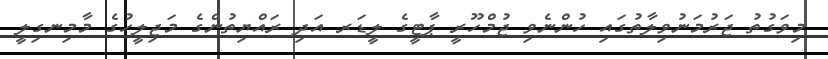
މިވަގުތު ޖަރުމަނުވިލާތުގައި ހުންނެވި ޖުމްހޫރީ ޕާޓީގެ ލީޑަރ އަދި ރައްޔިތުންގެ މަޖިލީހުގެ މާމިނގިލީ